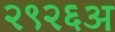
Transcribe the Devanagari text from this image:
२९२६अ